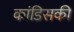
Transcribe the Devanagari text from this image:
कांडिसकी